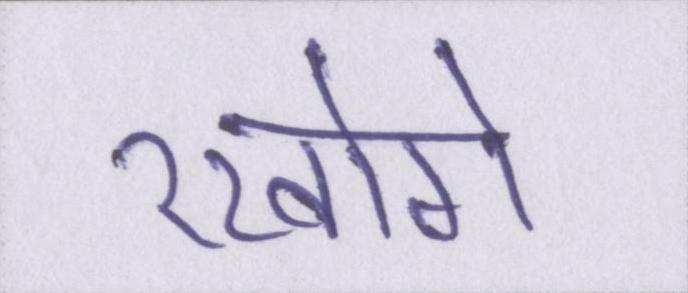
रखोगे